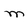
Character: M